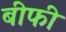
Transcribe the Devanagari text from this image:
बीफी